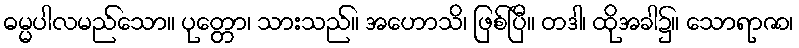
ဓမ္မပါလမည်သော။ ပုတ္တော၊ သားသည်။ အဟောသိ၊ ဖြစ်ပြီ။ တဒါ၊ ထိုအခါ၌။ သောရာဇာ၊